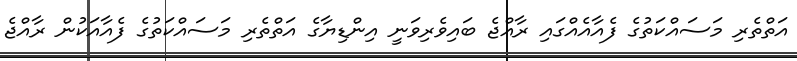
އަތްތެރި މަސައްކަތުގެ ފެއާއެއްގައި ރާއްޖެ ބައިވެރިވަނީ އިންޑިޔާގެ އަތްތެރި މަސައްކަތުގެ ފެއާއަކުން ރާއްޖެ